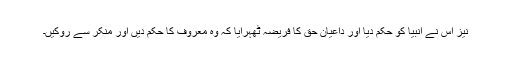
نیز اس نے انبیا کو حکم دیا اور داعیانِ حق کا فریضہ ٹھہرایا کہ وہ معروف کا حکم دیں اور منکر سے روکیں۔